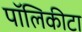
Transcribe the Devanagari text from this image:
पॉलिकीटा